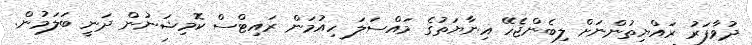
ދުވާފަރު ރައްޔިތުންނަށް ލިބެންޖެހޭ އިނާޔަތުގެ މައްސަލަ ހިއުމަން ރައިޓްސް ކޮމިޝަނުން ދަނީ ބަލަމުން.